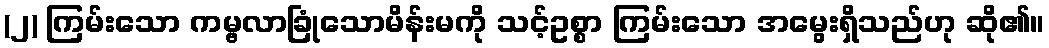
(၂) ကြမ်းသော ကမ္ဗလာခြုံသောမိန်းမကို သင့်ဥစ္စာ ကြမ်းသော အမွေးရှိသည်ဟု ဆို၏။